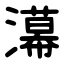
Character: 濗